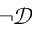
\neg \mathcal { D }